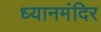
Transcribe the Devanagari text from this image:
ध्यानमंदिर